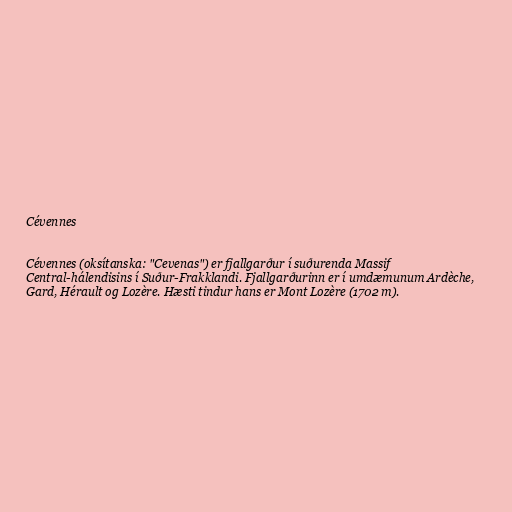
Cévennes

Cévennes (oksítanska: "Cevenas") er fjallgarður í suðurenda Massif
Central-hálendisins í Suður-Frakklandi. Fjallgarðurinn er í umdæmunum Ardèche,
Gard, Hérault og Lozère. Hæsti tindur hans er Mont Lozère (1702 m).